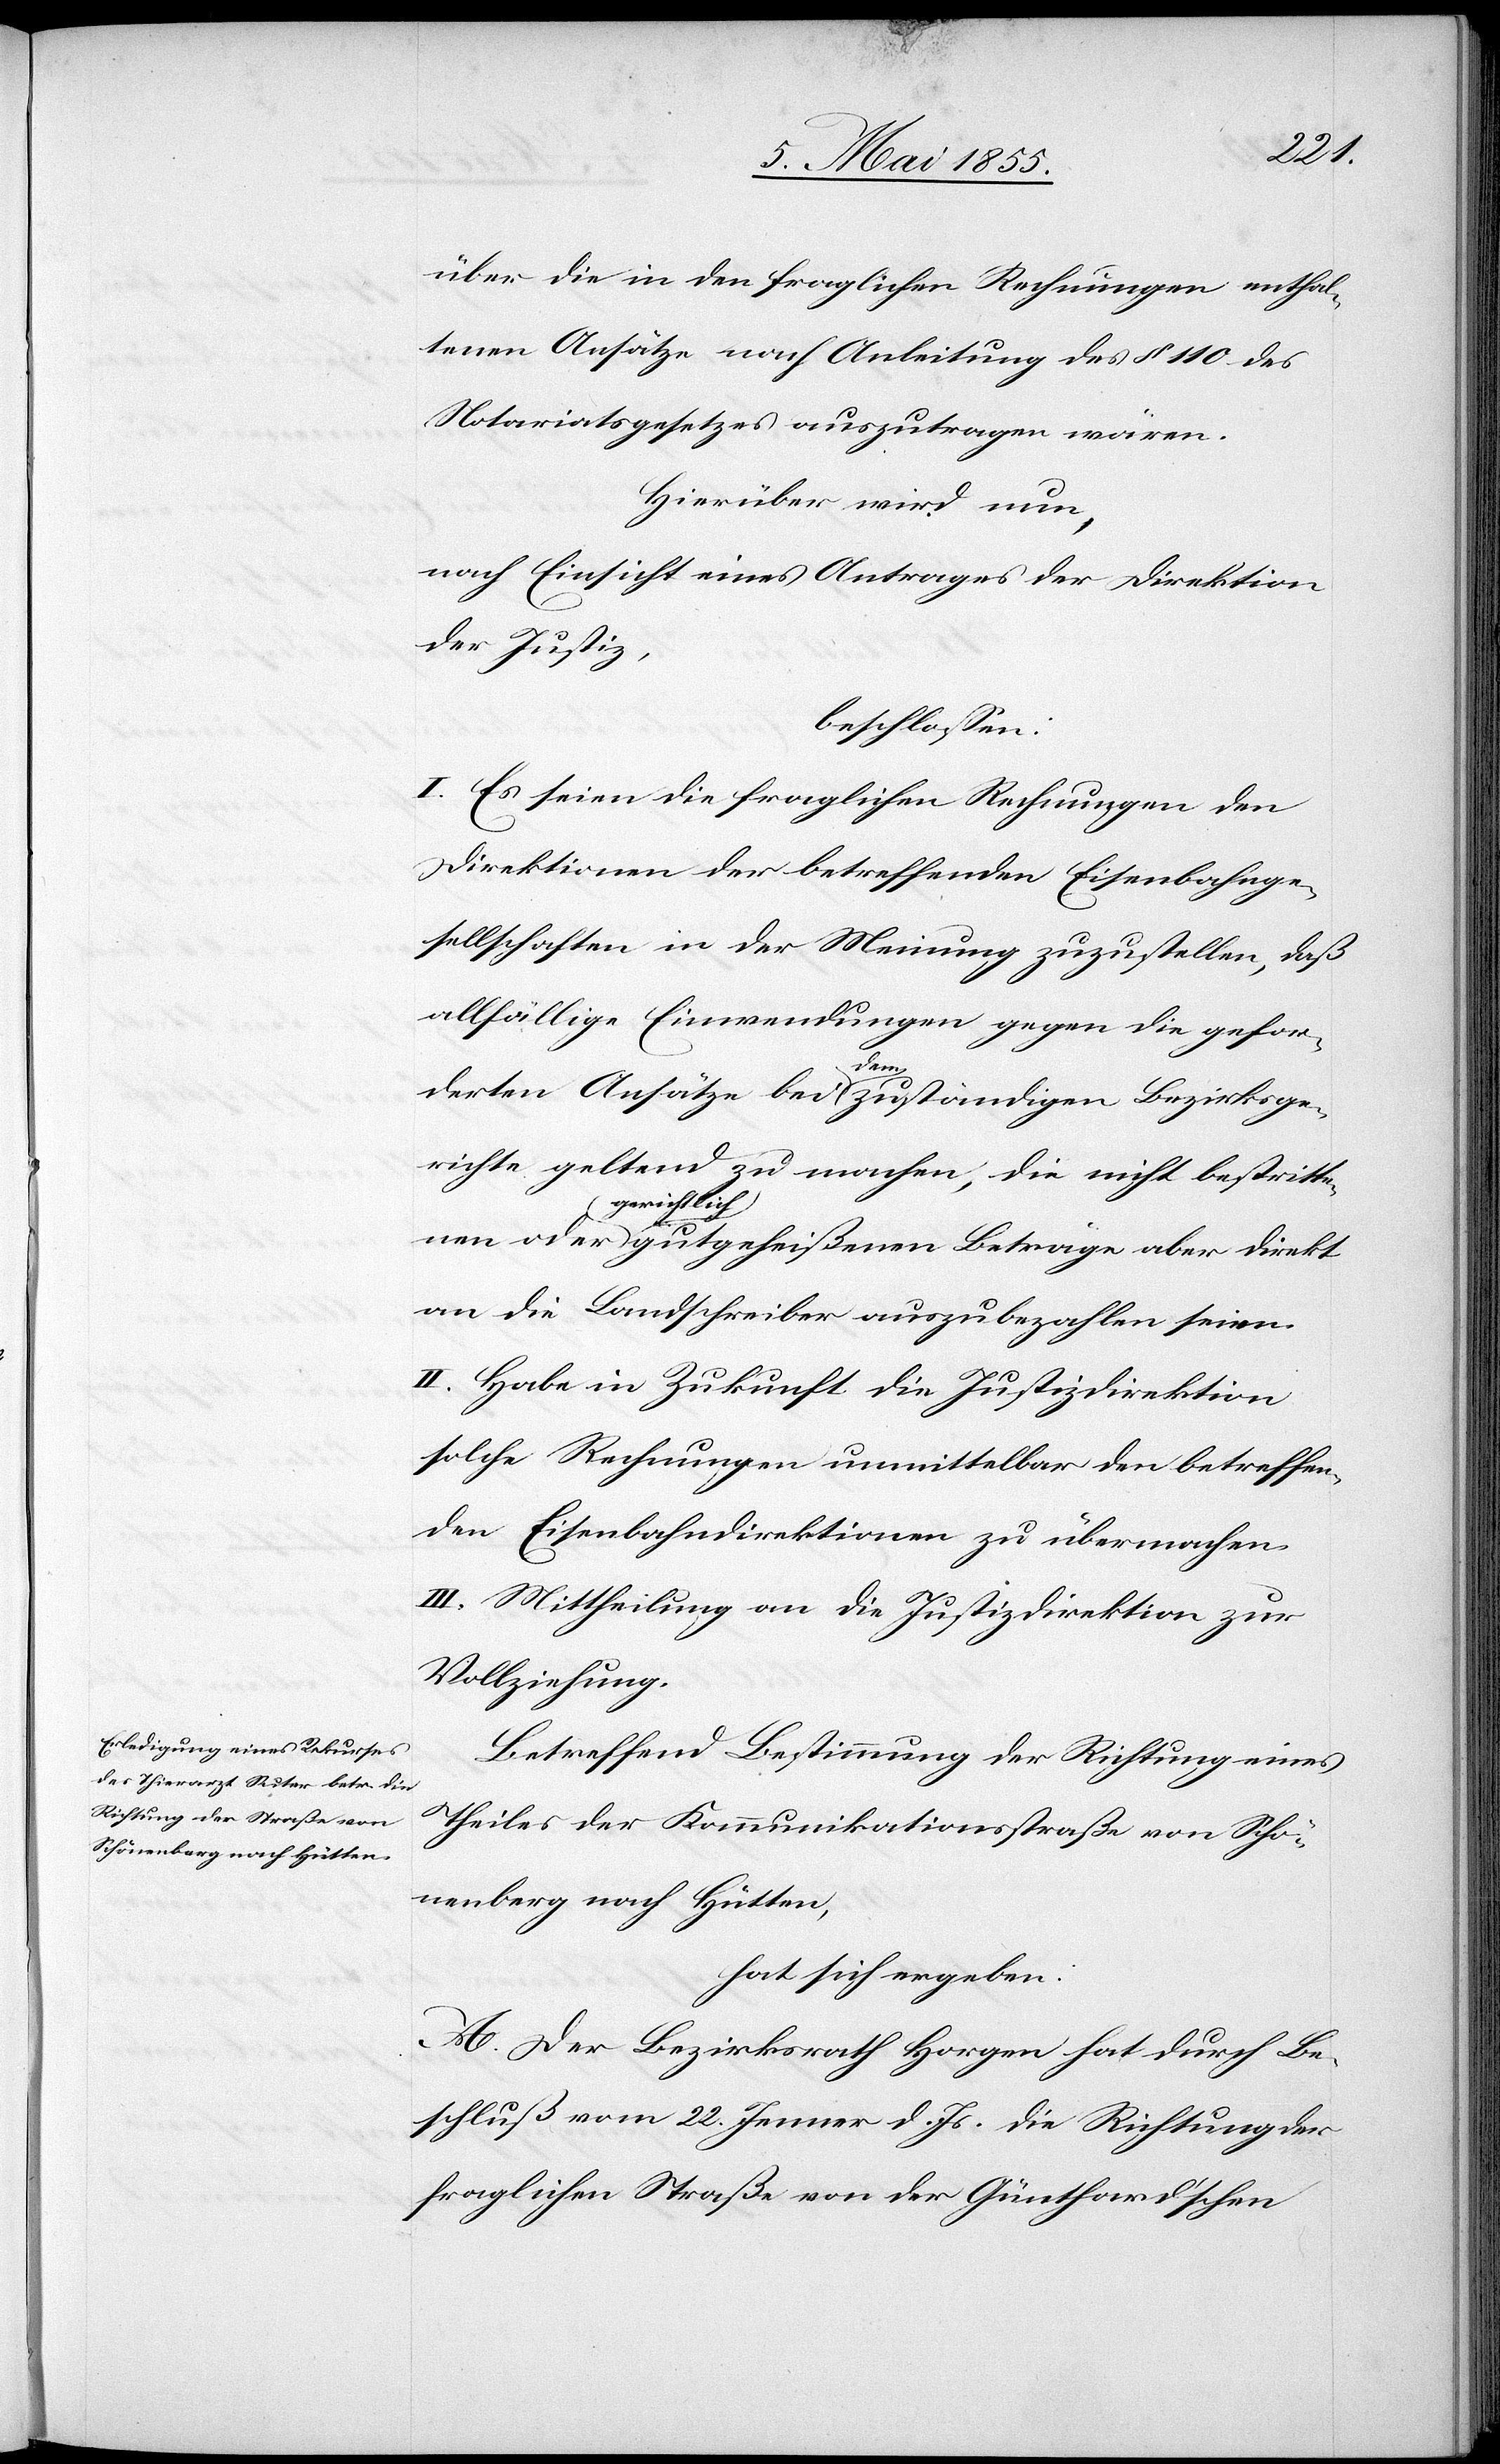
direkt
über die in den fraglichen Rechnungen enthal¬
tenen Ansätze nach Anleitung des § 110 des
Notariatsgesetzes auszutragen wären.
Hierüber wird nun,
nach Einsicht eines Antrages der Direktion
der Justiz,
beschlossen:
I. Es seien die fraglichen Rechnungen den
Direktionen der betreffenden Eisenbahnge¬
sellschaften in der Meinung zuzustellen, daß
allfällige Einwendungen gegen die gefor¬
oder
derten Ansätze bei dem zuständigen Bezirksge¬
richte geltend zu machen, die nicht bestritte¬
gerichtlich
an die Landschreiber auszubezahlen seien.
II. Habe in Zukunft die Justizdirektion
solche Rechnungen unmittelbar den betreffen¬
den Eisenbahndirektionen zu übermachen.
III. Mittheilung an die Justizdirektion zur
Vollziehung.
Betreffend Bestimmung der Richtung eines
Theiles der Kommunikationsstraße von Schö¬
nenberg nach Hütten,
hat sich ergeben:
A. Der Bezirksrath Horgen hat durch Be¬
schluß vom 22. Jenner d. Js. die Richtung der
fraglichen Straße von der Günthard’schen